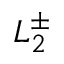
L _ { 2 } ^ { \pm }